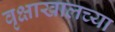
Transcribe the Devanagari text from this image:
वृक्षाखालच्या